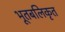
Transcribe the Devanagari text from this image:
भूतबलिकृत